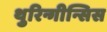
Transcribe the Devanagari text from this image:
थुरिन्गीन्सिस